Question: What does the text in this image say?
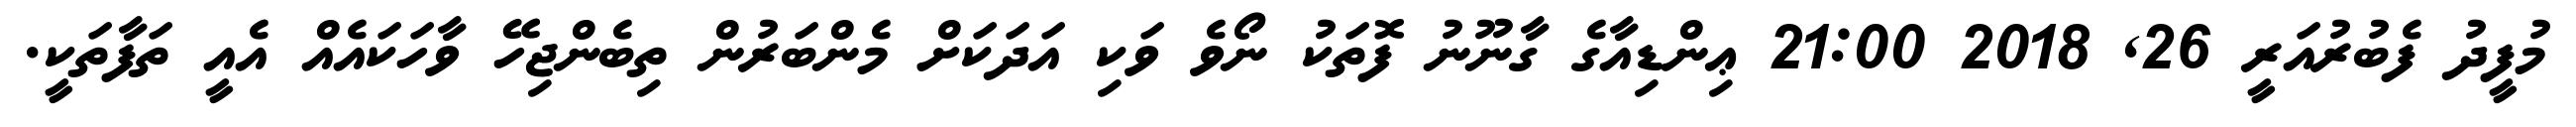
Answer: މުފީދު ފެބުރުއަރީ 26, 2018 21:00 ޢިންޑިއާގެ ގާނޫނު ފޮތަކު ނޯވެ ވަކި އަދަކަށް މެންބަރުން ތިބެންޖިހޭ ވާހަކައެއް އެއީ ތަފާތަކީ.